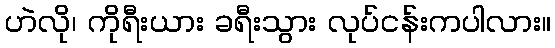
ဟဲလို၊ ကိုရီးယား ခရီးသွား လုပ်ငန်းကပါလား။